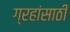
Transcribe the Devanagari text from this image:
ग्रहांसाठी